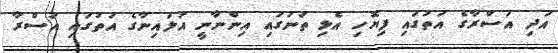
އަދި އަސްރާގެ އަތުގައި ފިޔޮހި އެޅި ތަނުގައި އިންނާނީ އަލައިނާގެ އަތުގައި އަސްރާ